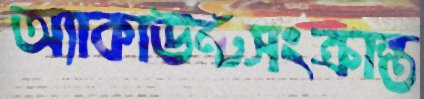
অ্যাকাউন্টসংক্রান্ত